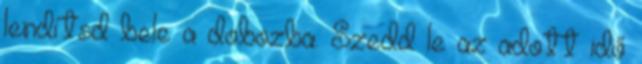
lendítsd bele a dobozba. Szedd le az adott idő